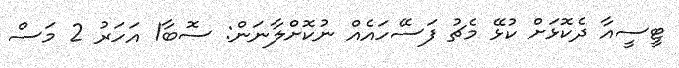
ޓީސީއާ ދެކޮޅަށް ކުޅޭ މެޗު ފަސޭހައެއް ނުކޮށްލާނަން: ސޮބާ1 އަހަރު 2 މަސް